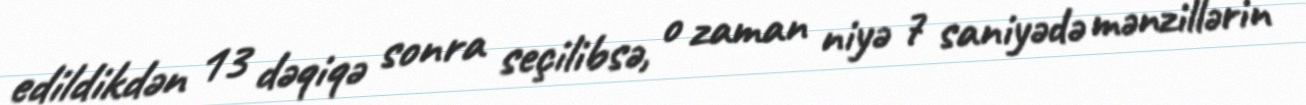
edildikdən 13 dəqiqə sonra seçilibsə, o zaman niyə 7 saniyədə mənzillərin